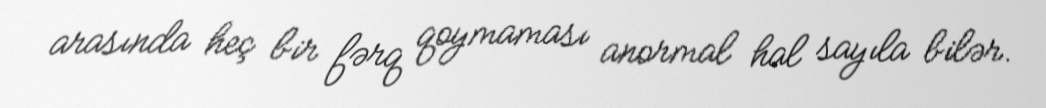
arasında heç bir fərq qoymaması anormal hal sayıla bilər.